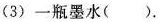
(3) 一瓶墨水( ).